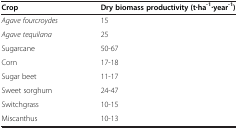
<table><thead><tr><td><b>Crop</b></td><td><b>Dry biomass productivity (t∙ha<sup>-1</sup>∙year<sup>-1</sup>)</b></td></tr></thead><tbody><tr><td><i>Agave fourcroydes</i></td><td>15</td></tr><tr><td><i>Agave tequilana</i></td><td>25</td></tr><tr><td>Sugarcane</td><td>50-67</td></tr><tr><td>Corn</td><td>17-18</td></tr><tr><td>Sugar beet</td><td>11-17</td></tr><tr><td>Sweet sorghum</td><td>24-47</td></tr><tr><td>Switchgrass</td><td>10-15</td></tr><tr><td>Miscanthus</td><td>10-13</td></tr></tbody></table>